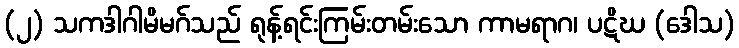
(၂) သကဒါဂါမိမဂ်သည် ရုန့်ရင်းကြမ်းတမ်းသော ကာမရာဂ၊ ပဋိဃ (ဒေါသ)